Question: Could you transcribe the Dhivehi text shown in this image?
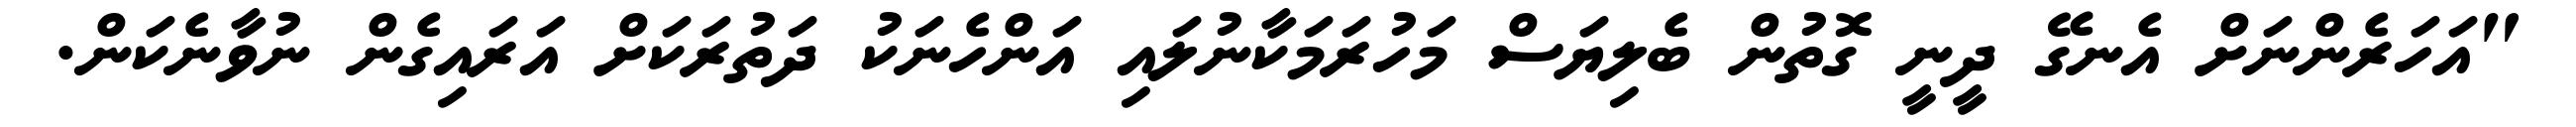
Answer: "އަހަރެންނަށް އެނގޭ ދީނީ ގޮތުން ބެލިޔަސް މަހުރަމަކާނުލައި އަންހެނަކު ދަތުރަކަށް އަރައިގެން ނުވާނެކަން.